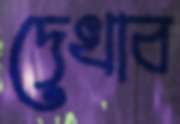
দেখাব